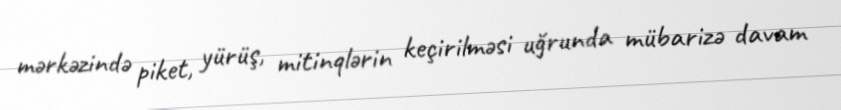
mərkəzində piket, yürüş, mitinqlərin keçirilməsi uğrunda mübarizə davam